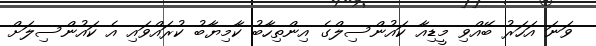
ވަނަ އަހަރު ބޭއްވި މީޑިއާ ކައުންސިލްގެ އިންތިހާބު ކާމިޔާބު ކުރައްވައި އެ ކައުންސިލަށް